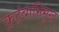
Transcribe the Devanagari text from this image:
कुटुंबाभिमुख